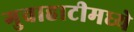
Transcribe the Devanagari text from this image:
गुवाहाटीमध्ये